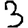
Digit: 3